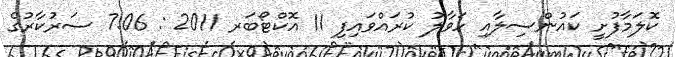
ކޮލަމާފުށީ ކައުންސިލާއި ހަވާލު ކުރައްވައިފި 11 އޮކްޓޯބަރ 2011 : 7:06 ސަރުކާރުގެ